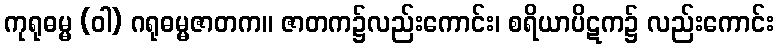
ကုရုဓမ္မ (ဝါ) ဂရုဓမ္မဇာတက။ ဇာတက၌လည်းကောင်း၊ စရိယာပိဋက၌ လည်းကောင်း